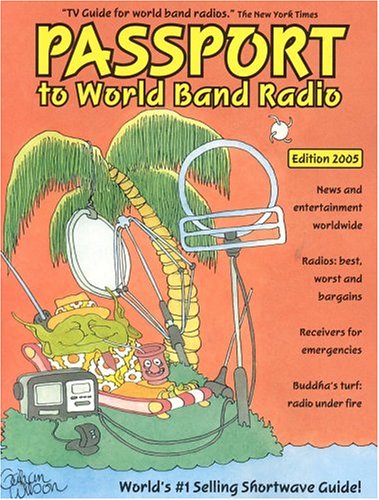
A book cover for Passport to World Band Radio, 2005 Edition; Lawrence Magne; Humor & Entertainment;